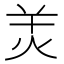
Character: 𤇇